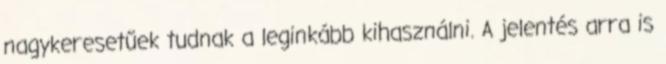
nagykeresetűek tudnak a leginkább kihasználni. A jelentés arra is